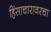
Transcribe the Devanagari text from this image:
हिंसाचारावरचा